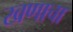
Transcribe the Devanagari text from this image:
खणाचा